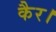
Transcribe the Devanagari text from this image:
कैर।